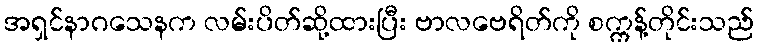
အရှင်နာဂသေနက လမ်းပိတ်ဆို့ထားပြီး ဗာလဗေရိတ်ကို စက္ကန့်တိုင်းသည်